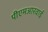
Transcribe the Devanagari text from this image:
पीएमआरवाई